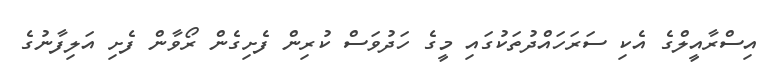
އިސްރާއީލްގެ އެކި ސަރަހައްދުތަކުގައި މީގެ ހަދުވަސް ކުރިން ފެށިގެން ރޯވާން ފެށި އަލިފާނުގެ